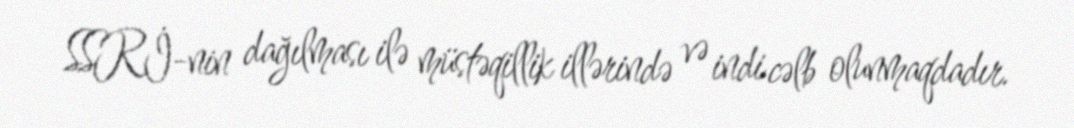
SSRİ-nin dağılması ilə müstəqillik illərində və indi cəlb olunmaqdadır.